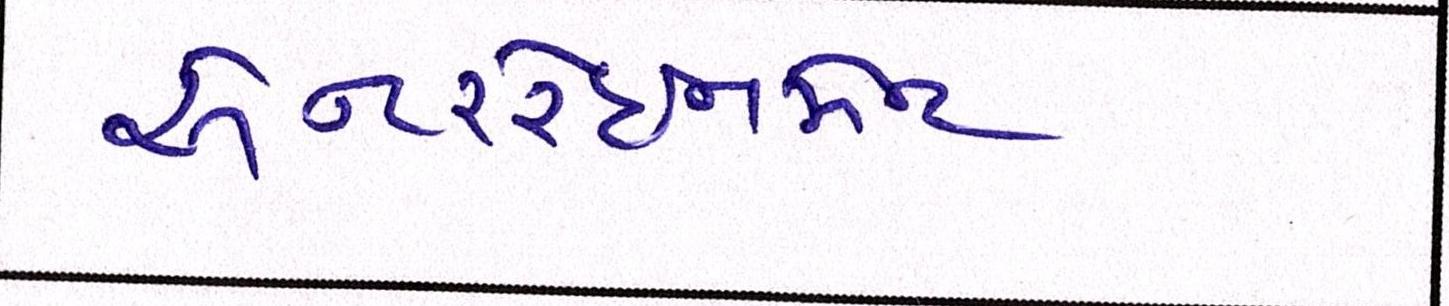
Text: એન્ટરટેઈનમેન્ટ